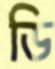
ডি